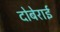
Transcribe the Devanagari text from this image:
दोबेराई